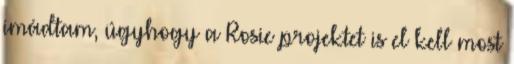
imádtam, úgyhogy a Rosie projektet is el kell most